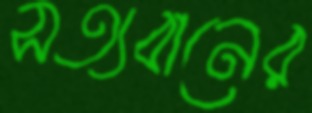
সত্যবানের